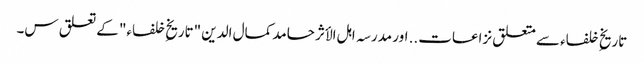
تاریخِ خلفاء سے متعلق نزاعات.. اور مدرسہ اہل الأثر حامد کمال الدین "تاریخِ خلفاء" کے تعلق س۔